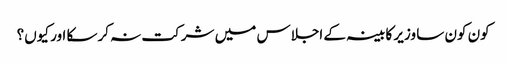
کون کون سا وزیر کابینہ کے اجلاس میں شرکت نہ کرسکا اور کیوں؟